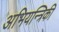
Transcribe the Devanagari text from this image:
अभियन्त्रिकी